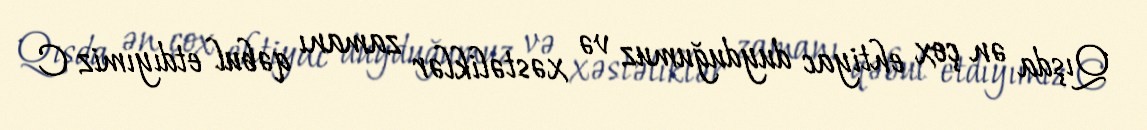
Qışda ən çox ehtiyac duyduğumuz və xəstəliklər zamanı qəbul etdıyımiz C